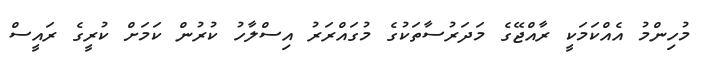
މުހިންމު އެއްކަމަކީ ރާއްޖޭގެ މަދަރުސާތަކުގެ މުގައްރަރު އިސްލާހު ކުރުން ކަމަށް ކުރީގެ ރައީސް